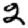
Digit: 2